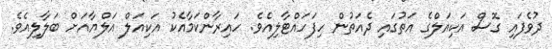
ދުވެފައި ގޮސް އަކިއަލްގެ އަތުގައި ދެއަތުން ހިފަހައްޓާލިއެވެ. ހައިރާންކަމާއެކު އަކިއަލް އަލްޔާއަށް ބަލާލިއެވެ.